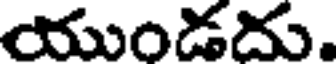
యుండదు.